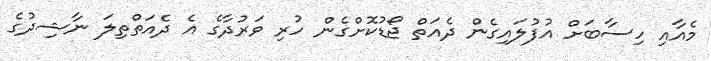
މެއާއި ހިސާބަށް އުފުލައިގެން ދެއަތް ޖޯޑުކޮށްގެން ހުރި ވަރުދާގެ އެ ދެއަތްތިލަ ނާޝިދުގެ